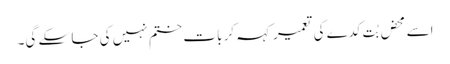
اسے محض بُت کدے کی تعمیر کہہ کر بات ختم نہیں کی جا سکے گی۔